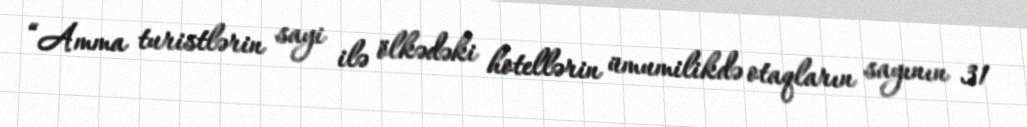
“Amma turistlərin sayi ilə ölkədəki hotellərin ümumilikdə otaqların sayının 31